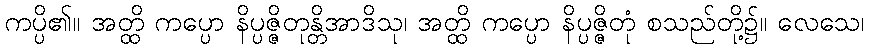
ကပ္ပိ၏။ အတ္ထိ ကပ္ပော နိပ္ပဇ္ဇိတုန္တိအာဒိသု၊ အတ္ထိ ကပ္ပော နိပ္ပဇ္ဇိတုံ စသည်တို့၌။ လေသေ၊